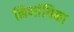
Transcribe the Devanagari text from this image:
निर्णायिका